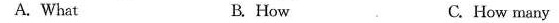
A.What B. How C. How many